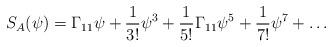
LaTeX: \begin{align*}S_A (\psi) = \Gamma_{11} \psi + {1\over 3!} \psi^3 + {1\over 5!} \Gamma_{11}\psi^5 + {1\over 7!} \psi^7 + \ldots \end{align*}